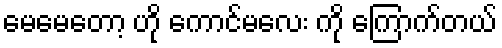
မေမေတော့ ဟို ကောင်မလေး ကို ကြောက်တယ်